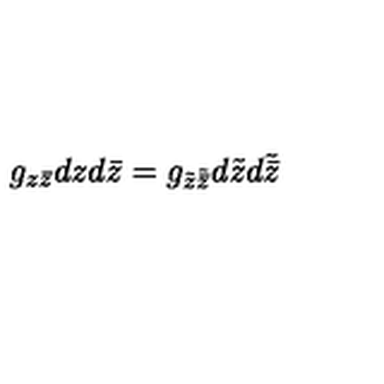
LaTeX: g _ { z \bar { z } } d z d \bar { z } = g _ { \tilde { z } \tilde { \bar { z } } } d { \tilde { z } } d \tilde { \bar { z } }